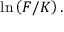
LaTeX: \ln \left( F / K \right) .